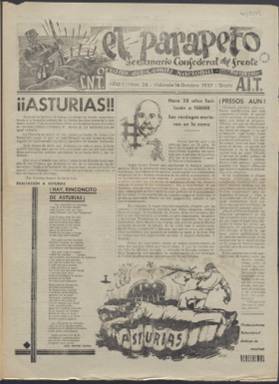
Título: El Parapeto (Valencia)
Colección: Periódicos || Guerra civil
Ámbito geográfico: Valencia
Lugar de publicación: Valencia
Fechas: 16/10/1937-12/02/1938